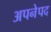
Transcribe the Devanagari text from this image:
अपनेपद